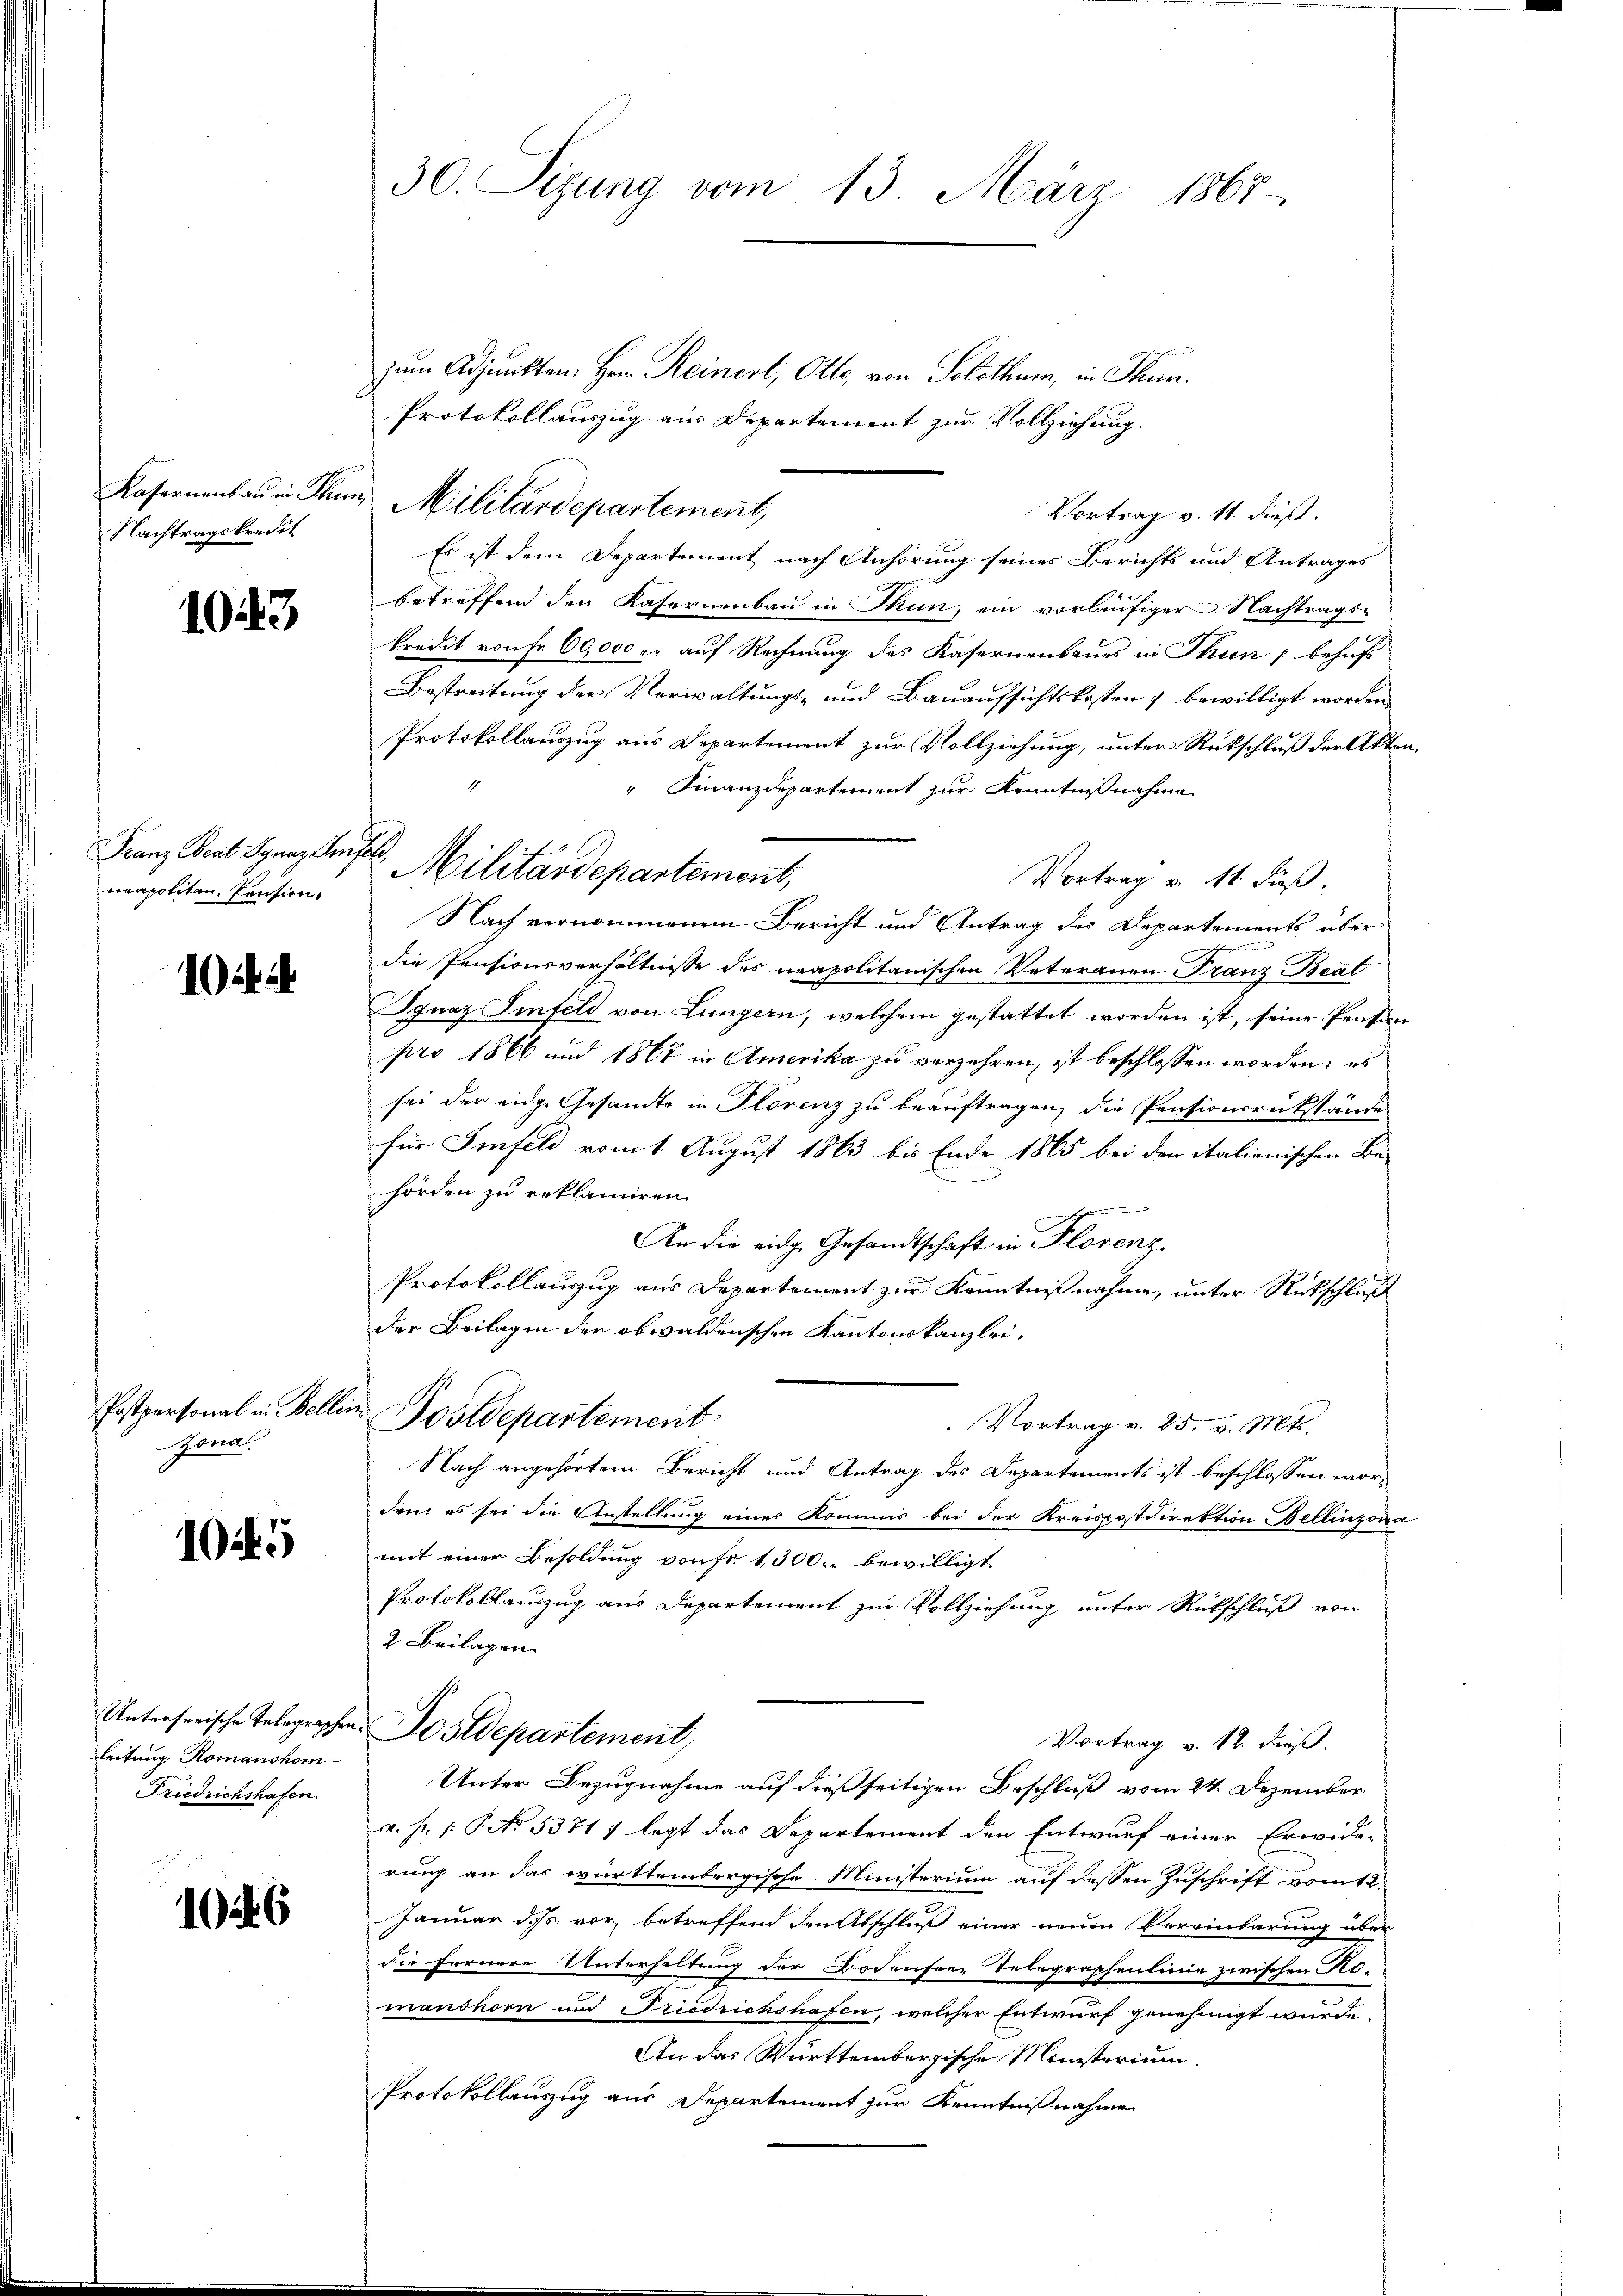
1043

10

105

1026

Kasernenbau in Thu
Nachtragskredit

Franz Beat Ignaz An
neapoliten. Pension.

Postpersonal in Beller
Zona.

Unterserische Telegraphen
leitung Romanshom¬
Friedrichshofen

30. Sizung vom 13. März 1867.

zum Adjunkten, Herr Reinert, Otto, von Solothurn, in Thun.
Protokollauszug aus Departement zur Vollziehung.
"Militärdepartement,
Es ist dem Departement nach Anhörung seines Berichts und Antrages
betreffend den Kasernenbau in Thun, ein vorläufiger Nachtrags-
kredit von fr. 60,000 r. auf Rechnung des Kasernenbaues in Thun behuf
Bestreitung der Verwaltungs- und Bauaufsichtskosten & bewilligt worden.
Protokollauszug aus Departement zur Vollziehung, unter Rückschluß der Akte
" Finanzdepartement zur Kenntnißnahme
Vortrag v. 11. Fuß.
Nach vernommenen Bericht und Antrag des Departements über
die Pensionsverhältnisse des neapolitanischen Vateranen Franz Beat
Ignaz Sinfeld von Lungern, welchem gestattet worden ist, seine Pensin
pro 1866 und 1867 in Amerika zu verzehren, ist beschlossen worden; es
sei der eidg. Gesandte in Florenz zu beauftragen, die Pensionsrükstände
für Imfeld vom 1. August 1863 bis Ende 1865 bei den italienischen Be-
hörden zu reklamiren.
f
An die eidg. Gesandtschaft in Florenz.
Protokollauszug aus Departement zur Kenntnißnahme, unter Rückschluß
der Beilagen der obwaldenschen Kantonskanzlei.
Postdepartement
Vortrag v. 25. v. Mts.
Nach angehörtem Bericht und Antrag des Departements ist beschlossen wor-
den es sei die Anstellung eines Kommis bei der Kreispostdirektion Bellinzona
mit einer Besoldung von fr. 1300. bewilligt
Protokollauszug aus Departement zur Vollziehung unter Rückschluß von
2. Beilagen.
Sostdepartement,
Vortrag v. 12. dieß.
Unter Bezugnahme auf dießseitigen Beschluß vom 24. Dezember
a. h. v. P. No. 5371 7 legt das Departement den Entwurf einer Erwider
rung an das württembergische Ministerium auf dessen Zuschrift vom 12.
Januar d. Js. vor, betreffend den Abschluß einer neuen Vereinbarung über
die Fernere Unterhaltung der Bodensee Telegraphenlinie zwischen Romanshorn und Friedrichshafen, welcher Entwurf genehmigt wurde.
An das Württembergische Ministerium
Protokollauszug aus Departement zur Kenntnißnahme

F. Militärdepartement,

Vortrag v. 11. dieß.